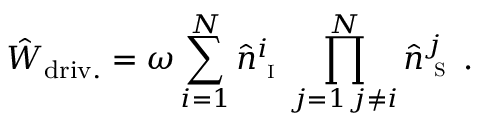
\hat { W } _ { \mathrm { d r i v . } } = \omega \sum _ { i = 1 } ^ { N } \hat { n } _ { \textsc { i } } ^ { i } \prod _ { \substack { j = 1 \, j \neq i } } ^ { N } \hat { n } _ { \textsc { s } } ^ { j } \, .